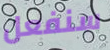
سنفعل